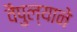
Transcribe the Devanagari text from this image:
वैपुल्याने